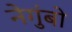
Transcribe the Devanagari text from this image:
नेगुंबो